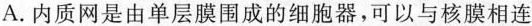
A.内质网是由单层膜围成的细胞器，可以与核膜相连